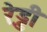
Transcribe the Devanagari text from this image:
रे़ड्डी